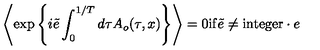
\left\langle \exp \left\{ i \tilde { e } \int _ { 0 } ^ { 1 / T } d \tau A _ { o } ( \tau , x ) \right\} \right\rangle = 0 \mathrm { i f } \tilde { e } \neq \mathrm { i n t e g e r } \cdot e \nonumber